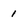
Character: I